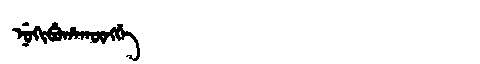
Manchu: ᠨᡠᡴᡳᠪᡠᡥᠠᡴᡡᠩᡤᡝ
Romanization: NUKIBUHAKŪNGGE